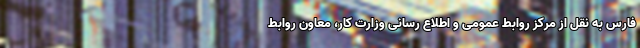
فارس به نقل از مرکز روابط عمومی و اطلاع رسانی وزارت کار، معاون روابط